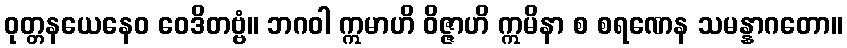
ဝုတ္တနယေနေဝ ဝေဒိတဗ္ဗံ။ ဘဂဝါ ဣမာဟိ ဝိဇ္ဇာဟိ ဣမိနာ စ စရဏေန သမန္နာဂတော။